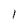
Character: 1